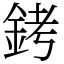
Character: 銬